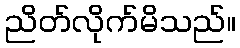
ညိတ်လိုက်မိသည်။